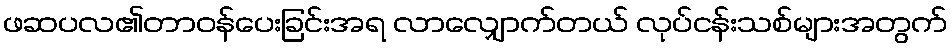
ဖဆပလ၏တာဝန်ပေးခြင်းအရ လာလျှောက်တယ် လုပ်ငန်းသစ်များအတွက်